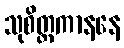
သုစိတ္တကာနနေ